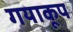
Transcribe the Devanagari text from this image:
गयाकूप